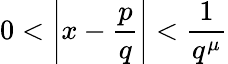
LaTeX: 0<\left|x-{\frac{p}{q}}\right|<{\frac{1}{q^{\mu}}}